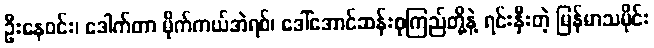
ဦးနေဝင်း၊ ဒေါက်တာ မိုက်ကယ်အဲရစ်၊ ဒေါ်အောင်ဆန်းစုကြည်တို့နဲ့ ရင်းနှီးတဲ့ မြန်မာသမိုင်း